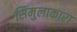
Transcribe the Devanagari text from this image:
सिमुलाकारा